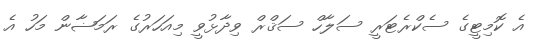
އެ ކޮމިޓީގެ ސެކްރެޓަރީ ސަލާހް ސަޤްރް ވިދާޅުވީ މިއަހަރުގެ ރަމަޟާން މަހު އެ